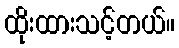
ထိုးထားသင့်တယ်။